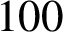
1 0 0